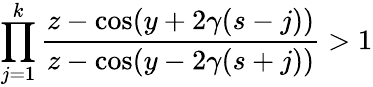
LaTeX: \prod_{j=1}^{k}\frac{z-\cos(y+2\gamma(s-j))}{z-\cos(y-2\gamma(s+j))}>1